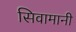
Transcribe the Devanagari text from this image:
सिवामानी